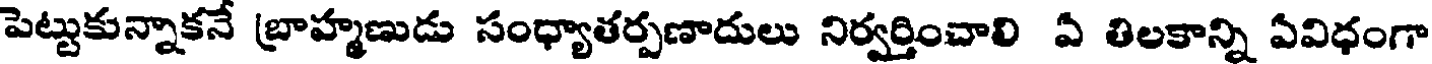
పెట్టుకున్నాకనే బ్రాహ్మణుడు సంధ్యాతర్పణాదులు నిర్వర్తించాలి ఏ తిలకాన్ని ఏవిధంగా